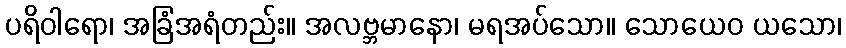
ပရိဝါရော၊ အခြံအရံတည်း။ အလဗ္ဘမာနော၊ မရအပ်သော။ သောယေဝ ယသော၊